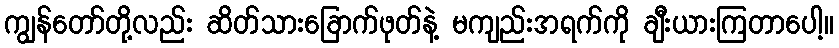
ကျွန်တော်တို့လည်း ဆိတ်သားခြောက်ဖုတ်နဲ့ မကျည်းအရက်ကို ချီးယားကြတာပေါ့။